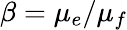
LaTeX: \beta=\mu_{e}/\mu_{f}